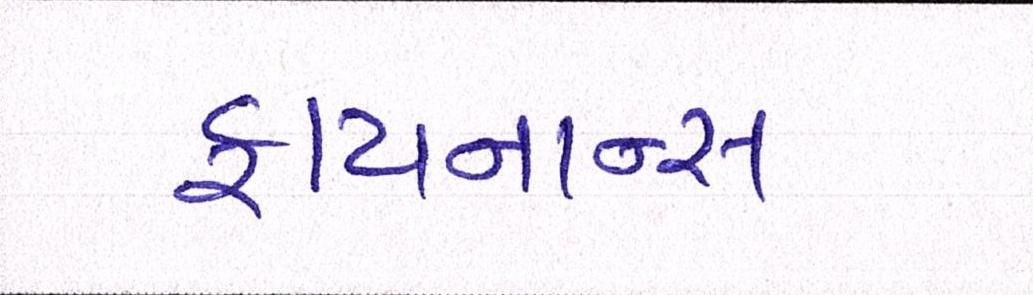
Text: ફાયનાન્સ